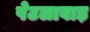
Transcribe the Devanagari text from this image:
पेटलावाड़